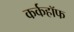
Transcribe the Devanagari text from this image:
कर्कहॉफ